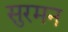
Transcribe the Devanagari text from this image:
सुरमन